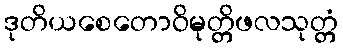
ဒုတိယစေတောဝိမုတ္တိဖလသုတ္တံ